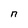
Character: n